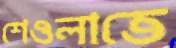
শেওলাতে